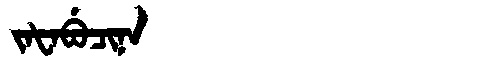
Manchu: ᠵᠠᡶᠠᠪᡠᠴᡳᠨᠠ
Romanization: JAFABUCINA